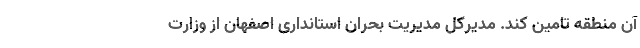
آن منطقه تامین کند. مدیرکل مدیریت بحران استانداری اصفهان از وزارت